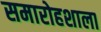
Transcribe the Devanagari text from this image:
समारोहशाला